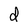
Character: d